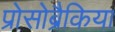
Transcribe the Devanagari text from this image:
प्रोसोब्रैकिया